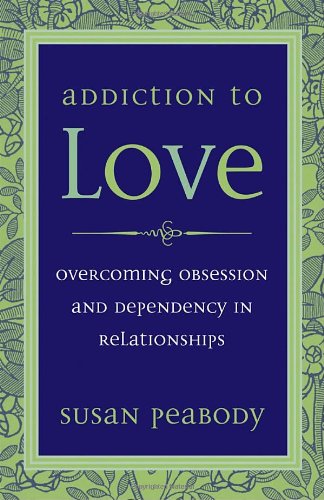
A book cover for Addiction to Love: Overcoming Obsession and Dependency in Relationships; Susan Peabody; Self-Help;